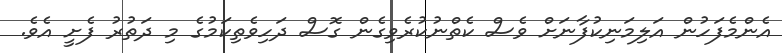
އެންމެފަހުން އަލިމަނިކުފާނަށް ވެސް ކެތްނުކުރެވިގެން ގޮސް ދަހިވެތިކަމުގެ މި ދަތުރު ފެށީ އެވެ.